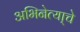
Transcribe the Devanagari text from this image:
अभिनेत्या्चे